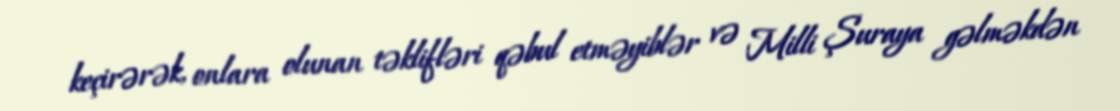
keçirərək, onlara olunan təklifləri qəbul etməyiblər və Milli Şuraya gəlməkdən